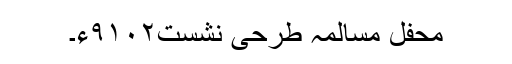
محفلِ مسالمہ طرحی نشست۹۱۰۲ء۔